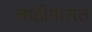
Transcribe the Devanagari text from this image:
लाठीमारात